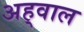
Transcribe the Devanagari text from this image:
अह्‌वाल